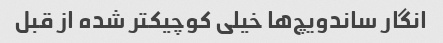
انگار ساندویچ‌ها خیلی کوچیکتر شده از قبل